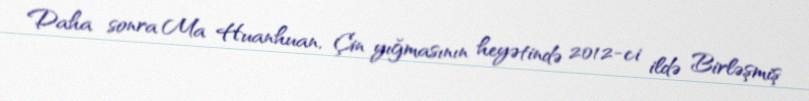
Daha sonra Ma Huanhuan, Çin yığmasının heyətində 2012-ci ildə Birləşmiş